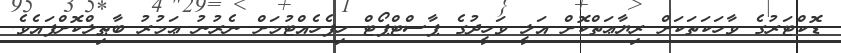
ޑޮކްޓަރުގެ ވާހަކަތަކަށް ރިޔާޢަތްކޮށް އަލީ ވަހީދުގެ ޕާސްޓްޕޯޓް ހިފެހެއްޓުމަށް ނެރުނު ޢަމުރު ބާޠިލްކޮށްފައެވެ.